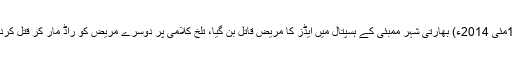
15مئی 2014ء) بھارتی شہر ممبئی کے ہسپتال میں ایڈز کا مریض قاتل بن گیا، تلخ کلامی پر دوسرے مریض کو راڈ مار کر قتل کردیا۔